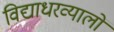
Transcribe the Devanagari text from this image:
विद्याधरव्यालों